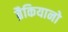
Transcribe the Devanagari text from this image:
ब्रैकियानो